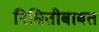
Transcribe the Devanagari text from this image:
निश्चितीबाबत